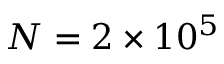
N = 2 \times 1 0 ^ { 5 }